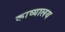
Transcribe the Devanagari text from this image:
काव्यालय